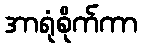
အာရုံစိုက်ကာ